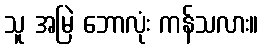
သူ အမြဲ ဘောလုံး ကန်သလား။